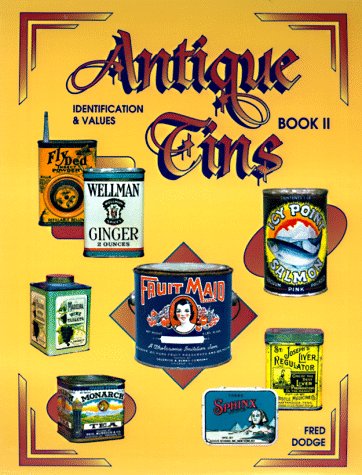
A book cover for Antique Tins Identification & Values, Book 2; Fred Dodge; Humor & Entertainment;